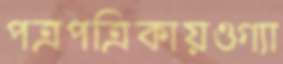
পত্রপত্রিকায়ওগ্যা